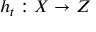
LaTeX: h _ { t } : X \to Z